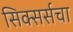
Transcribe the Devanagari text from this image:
सिक्सर्सचा